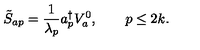
\tilde { S } _ { a p } = { \frac { 1 } { \lambda _ { p } } } a _ { p } ^ { \dagger } V _ { a } ^ { 0 } , \qquad p \le 2 k .